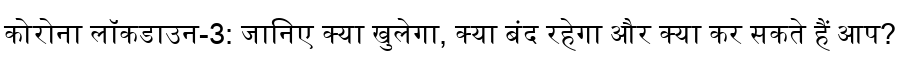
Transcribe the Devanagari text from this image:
कोरोना लॉकडाउन-3: जानिए क्या खुलेगा, क्या बंद रहेगा और क्या कर सकते हैं आप?